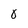
Character: 8